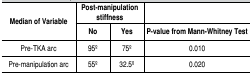
<table><thead><tr><td rowspan="2"><b>Median of Variable</b></td><td colspan="2"><b>Post-manipulation stiffness </b></td><td></td></tr><tr><td><b>No</b></td><td><b>Yes</b></td><td><b>P-value from Mann-Whitney Test</b></td></tr></thead><tbody><tr><td>Pre-TKA arc</td><td>95o</td><td>75o</td><td>0.010</td></tr><tr><td>Pre-manipulation arc</td><td>55o</td><td>32.5o</td><td>0.020</td></tr></tbody></table>